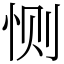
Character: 恻